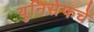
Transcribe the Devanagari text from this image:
युनिसेफचे